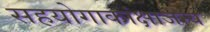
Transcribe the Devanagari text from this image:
सहयोगाकांक्षाजन्य